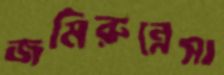
জমিরুন্নেসা